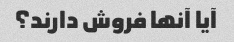
آیا آنها فروش دارند؟